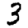
Digit: 3